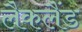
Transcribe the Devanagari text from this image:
लैकलैंड